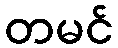
တမင်